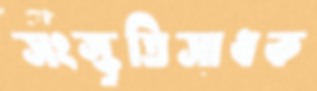
সংস্কৃতিসাধক